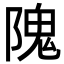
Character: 隗